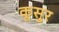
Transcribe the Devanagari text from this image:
कूसुर